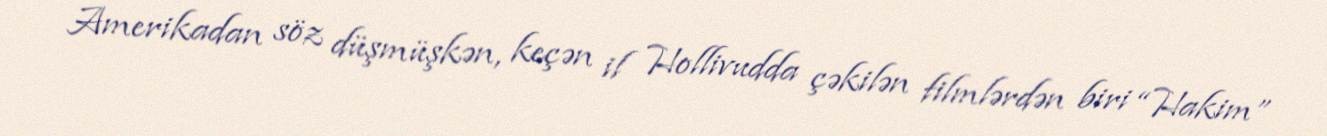
Amerikadan söz düşmüşkən, keçən il Hollivudda çəkilən filmlərdən biri “Hakim”